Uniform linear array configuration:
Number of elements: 16
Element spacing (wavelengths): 0.5
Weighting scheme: cosine
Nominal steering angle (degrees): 15
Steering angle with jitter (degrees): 15.169
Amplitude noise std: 0.05
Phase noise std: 0.05

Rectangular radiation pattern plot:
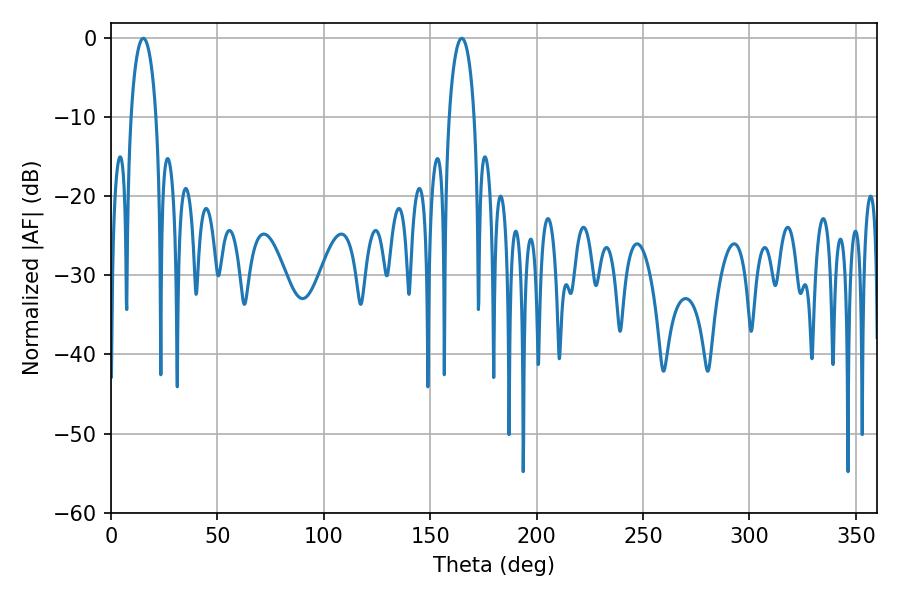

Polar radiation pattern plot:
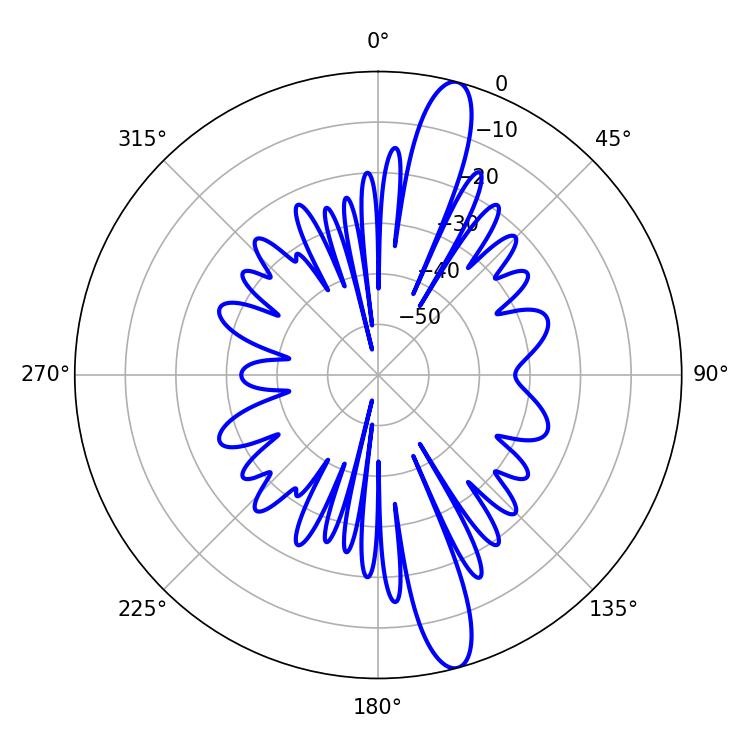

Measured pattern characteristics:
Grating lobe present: FALSE
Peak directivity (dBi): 14.621
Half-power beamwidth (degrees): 6.66
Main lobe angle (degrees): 15.12